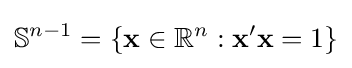
\mathbb {S} ^{n-1}=\{\mathbf {x} \in \mathbb {R} ^{n}:\mathbf {x} '\mathbf {x} =1\}